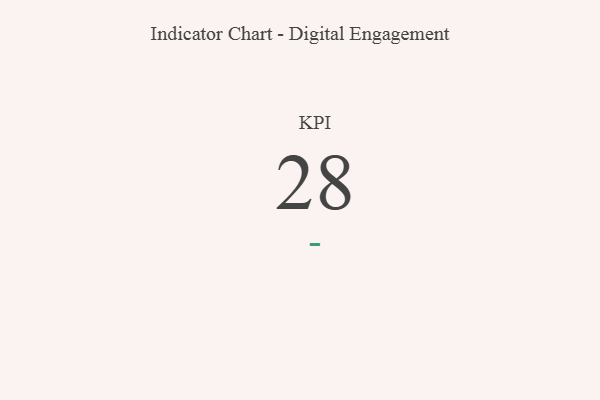
{"axis": {"x": "KPI", "y": "Value"}, "legend": [""], "data": [{"x": "KPI", "y": 28, "type": ""}]}